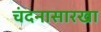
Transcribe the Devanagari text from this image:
चंदनासारखा